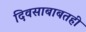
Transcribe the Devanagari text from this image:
दिवसाबाबतही